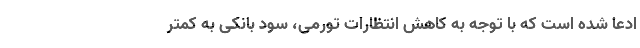
ادعا شده است که با توجه به کاهش انتظارات تورمی، سود بانکی به کمتر